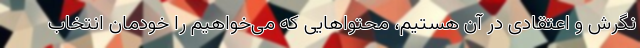
نگرش و اعتقادی در آن هستیم، محتواهایی که می‌خواهیم را خودمان انتخاب